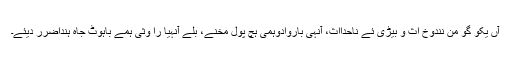
آں یکو گو من نندوخ اث و بیڑی ئے ناحدااث، آنہی باروادوہمی ہچ پول مخنے، بلے آنہیا را وثی ہمے باہوٹ جاہ ہنداضرر دیئے۔